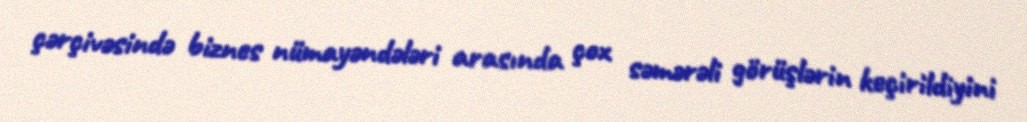
çərçivəsində biznes nümayəndələri arasında çox səmərəli görüşlərin keçirildiyini